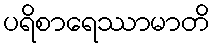
ပရိစာရေဿာမာတိ